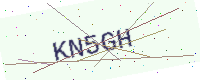
Text: KN5GH